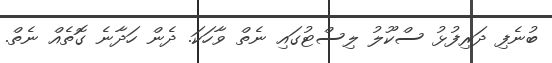
ބުނެފި ދަރިފުޅު ސްކޫލު ލިސްޓުގައި ނެތް ވާހަކަ. ދެން ހަދާނެ ގޮތެއް ނެތް.